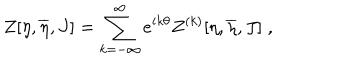
LaTeX: Z [ \eta , \overline { { { \eta } } } , J ] = \sum _ { k = - \infty } ^ { \infty } e ^ { i k \theta } Z ^ { ( k ) } [ \eta , \overline { { { \eta } } } , J ] \; ,